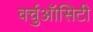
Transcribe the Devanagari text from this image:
वर्चुऑसिटी